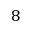
8